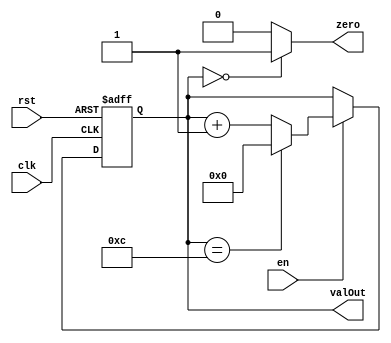
module MB_Counter(clk, rst, en, valOut, zero);

    input wire[0:0] clk, rst, en;

    output wire[0:0] zero;
    output reg[3:0] valOut;

    always @(posedge clk, posedge rst) begin
        if(rst) valOut <= 4'b0;
        else if(en) begin
            if(valOut == 4'd12) valOut <= 4'b0;
            else valOut <= valOut + 1;
        end
    end

    assign zero = (valOut == 0) ? 1'b1 : 1'b0;

endmodule